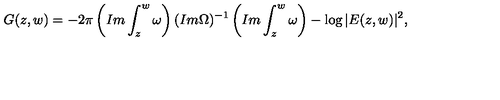
G ( z , w ) = - 2 \pi \left( I m \int _ { z } ^ { w } \omega \right) ( I m \Omega ) ^ { - 1 } \left( I m \int _ { z } ^ { w } \omega \right) - \log { | E ( z , w ) | ^ { 2 } } ,